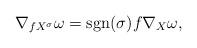
LaTeX: \begin{align*}\nabla_{fX^{\sigma}}\omega=\mbox{sgn}(\sigma)f\nabla_X\omega,\end{align*}